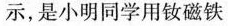
示，是小明同学用钕磁铁